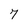
Character: 7